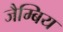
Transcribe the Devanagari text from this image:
जैम्बिय